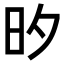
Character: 𭥑